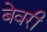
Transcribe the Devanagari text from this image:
बेवरी